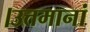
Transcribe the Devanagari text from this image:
।उत्तमानां